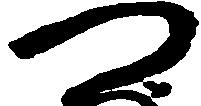
つ